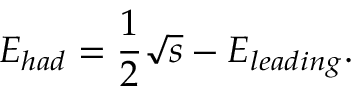
E _ { h a d } = \frac { 1 } { 2 } \sqrt { s } - E _ { l e a d i n g } .